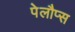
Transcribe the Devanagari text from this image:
पेलौप्स